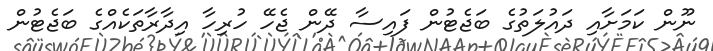
ނޫން ކަމަށާއި ދައުލަތުގެ ބަޖެޓުން ފައިސާ ދޭން ޖެހޭ ހުރިހާ އިދާރާތަކެއްގެ ބަޖެޓުން